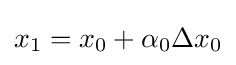
\displaystyle x_{1}=x_{0}+\alpha _{0}\Delta x_{0}